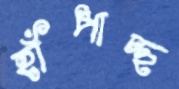
হাঁপাচ্ছ